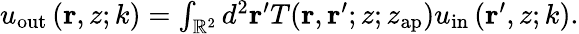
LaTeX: \begin{array}{r}{u_{\mathrm{out}}\left(\mathbf{r},z;k\right)=\int_{\mathbb{R}^{2}}d^{2}\mathbf{r}^{\prime}T(\mathbf{r},\mathbf{r}^{\prime};z;z_{\mathrm{ap}})u_{\mathrm{in}}\left(\mathbf{r}^{\prime},z;k\right).}\end{array}